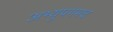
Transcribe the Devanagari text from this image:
अभ्युपगमच